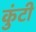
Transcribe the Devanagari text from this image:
कुंटी